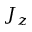
J _ { z }